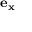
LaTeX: \mathbf { e _ { x } }